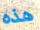
هذه